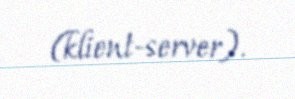
(klient-server).